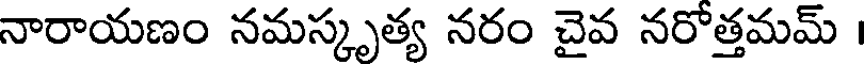
నారాయణం నమస్కృత్య నరం చైవ నరోత్తమమ్